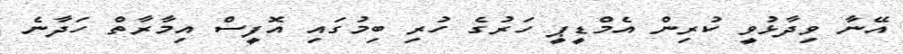
އޭނާ ވިދާޅުވީ ކުރިން އެމްޑީޕީ ހަރުގެ ހުރި ބިމުގައި އޮފީސް އިމާރާތް ހަދާނެ